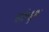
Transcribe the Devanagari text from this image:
कॉन्सुल